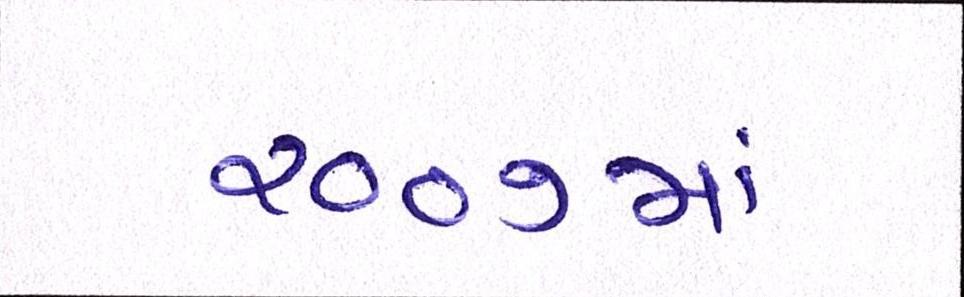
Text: ૨૦૦૭માં